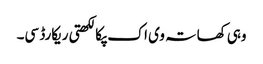
وہی کھاتہ وی اک پکا لکھتی ریکارڈ سی۔